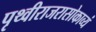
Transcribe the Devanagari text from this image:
पृथ्वीराजरासोकाव्यं